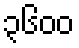
၃၆၀၀